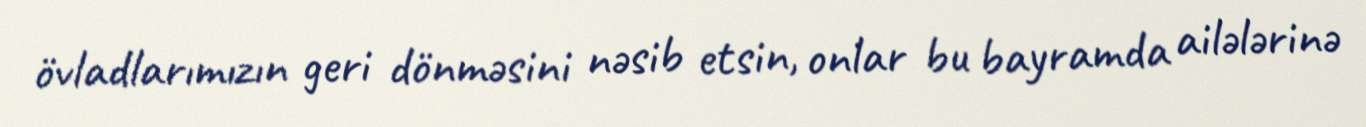
övladlarımızın geri dönməsini nəsib etsin, onlar bu bayramda ailələrinə